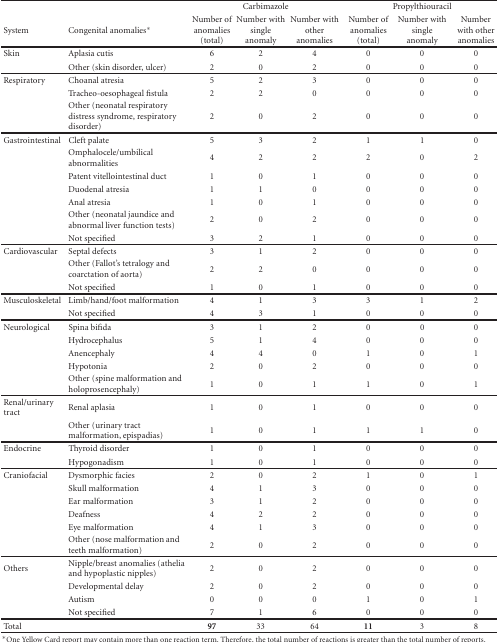
<table><thead><tr><td></td><td></td><td colspan="3"><b>Carbimazole</b></td><td colspan="3"><b>Propylthiouracil</b></td></tr><tr><td><b>System</b></td><td><b>Congenital anomalies*</b></td><td><b>Number of anomalies (total)</b></td><td><b>Number with single anomaly</b></td><td><b>Number with other anomalies</b></td><td><b>Number of anomalies (total)</b></td><td><b>Number with single anomaly</b></td><td><b>Number with other anomalies</b></td></tr></thead><tbody><tr><td>Skin</td><td>Aplasia cutis</td><td>6</td><td>2</td><td>4</td><td>0</td><td>0</td><td>0</td></tr><tr><td></td><td>Other (skin disorder, ulcer)</td><td>2</td><td>0</td><td>2</td><td>0</td><td>0</td><td>0</td></tr><tr><td>Respiratory</td><td>Choanal atresia</td><td>5</td><td>2</td><td>3</td><td>0</td><td>0</td><td>0</td></tr><tr><td></td><td>Tracheo-oesophageal fistula</td><td>2</td><td>2</td><td>0</td><td>0</td><td>0</td><td>0</td></tr><tr><td></td><td>Other (neonatal respiratory distress syndrome, respiratory disorder)</td><td>2</td><td>0</td><td>2</td><td>0</td><td>0</td><td>0</td></tr><tr><td>Gastrointestinal</td><td>Cleft palate</td><td>5</td><td>3</td><td>2</td><td>1</td><td>1</td><td>0</td></tr><tr><td></td><td>Omphalocele/umbilical abnormalities</td><td>4</td><td>2</td><td>2</td><td>2</td><td>0</td><td>2</td></tr><tr><td></td><td>Patent vitellointestinal duct</td><td>1</td><td>0</td><td>1</td><td>0</td><td>0</td><td>0</td></tr><tr><td></td><td>Duodenal atresia</td><td>1</td><td>1</td><td>0</td><td>0</td><td>0</td><td>0</td></tr><tr><td></td><td>Anal atresia</td><td>1</td><td>0</td><td>1</td><td>0</td><td>0</td><td>0</td></tr><tr><td></td><td>Other (neonatal jaundice and abnormal liver function tests)</td><td>2</td><td>0</td><td>2</td><td>0</td><td>0</td><td>0</td></tr><tr><td></td><td>Not specified</td><td>3</td><td>2</td><td>1</td><td>0</td><td>0</td><td>0</td></tr><tr><td>Cardiovascular</td><td>Septal defects</td><td>3</td><td>1</td><td>2</td><td>0</td><td>0</td><td>0</td></tr><tr><td></td><td>Other (Fallot&#x27;s tetralogy and coarctation of aorta)</td><td>2</td><td>2</td><td>0</td><td>0</td><td>0</td><td>0</td></tr><tr><td></td><td>Not specified</td><td>1</td><td>0</td><td>1</td><td>0</td><td>0</td><td>0</td></tr><tr><td>Musculoskeletal</td><td>Limb/hand/foot malformation</td><td>4</td><td>1</td><td>3</td><td>3</td><td>1</td><td>2</td></tr><tr><td></td><td>Not specified</td><td>4</td><td>3</td><td>1</td><td>0</td><td>0</td><td>0</td></tr><tr><td>Neurological</td><td>Spina bifida</td><td>3</td><td>1</td><td>2</td><td>0</td><td>0</td><td>0</td></tr><tr><td></td><td>Hydrocephalus</td><td>5</td><td>1</td><td>4</td><td>0</td><td>0</td><td>0</td></tr><tr><td></td><td>Anencephaly</td><td>4</td><td>4</td><td>0</td><td>1</td><td>0</td><td>1</td></tr><tr><td></td><td>Hypotonia</td><td>2</td><td>0</td><td>2</td><td>0</td><td>0</td><td>0</td></tr><tr><td></td><td>Other (spine malformation and holoprosencephaly)</td><td>1</td><td>0</td><td>1</td><td>1</td><td>0</td><td>1</td></tr><tr><td>Renal/urinary tract</td><td>Renal aplasia</td><td>1</td><td>0</td><td>1</td><td>0</td><td>0</td><td>0</td></tr><tr><td></td><td>Other (urinary tract malformation, epispadias)</td><td>1</td><td>0</td><td>1</td><td>1</td><td>1</td><td>0</td></tr><tr><td>Endocrine</td><td>Thyroid disorder</td><td>1</td><td>0</td><td>1</td><td>0</td><td>0</td><td>0</td></tr><tr><td></td><td>Hypogonadism</td><td>1</td><td>0</td><td>1</td><td>0</td><td>0</td><td>0</td></tr><tr><td>Craniofacial</td><td>Dysmorphic facies</td><td>2</td><td>0</td><td>2</td><td>1</td><td>0</td><td>1</td></tr><tr><td></td><td>Skull malformation</td><td>4</td><td>1</td><td>3</td><td>0</td><td>0</td><td>0</td></tr><tr><td></td><td>Ear malformation</td><td>3</td><td>1</td><td>2</td><td>0</td><td>0</td><td>0</td></tr><tr><td></td><td>Deafness</td><td>4</td><td>2</td><td>2</td><td>0</td><td>0</td><td>0</td></tr><tr><td></td><td>Eye malformation</td><td>4</td><td>1</td><td>3</td><td>0</td><td>0</td><td>0</td></tr><tr><td></td><td>Other (nose malformation and teeth malformation)</td><td>2</td><td>0</td><td>2</td><td>0</td><td>0</td><td>0</td></tr><tr><td>Others</td><td>Nipple/breast anomalies (athelia and hypoplastic nipples)</td><td>2</td><td>0</td><td>2</td><td>0</td><td>0</td><td>0</td></tr><tr><td></td><td>Developmental delay</td><td>2</td><td>0</td><td>2</td><td>0</td><td>0</td><td>0</td></tr><tr><td></td><td>Autism</td><td>0</td><td>0</td><td>0</td><td>1</td><td>0</td><td>1</td></tr><tr><td></td><td>Not specified</td><td>7</td><td>1</td><td>6</td><td>0</td><td>0</td><td>0</td></tr><tr><td>Total</td><td></td><td><b>97</b></td><td>33</td><td>64</td><td><b>11</b></td><td>3</td><td>8</td></tr></tbody></table>